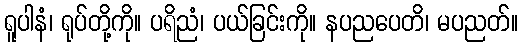
ရူပါနံ၊ ရုပ်တို့ကို။ ပရိညံ၊ ပယ်ခြင်းကို။ နပညပေတိ၊ မပညတ်။